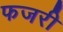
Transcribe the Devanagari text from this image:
फजरी